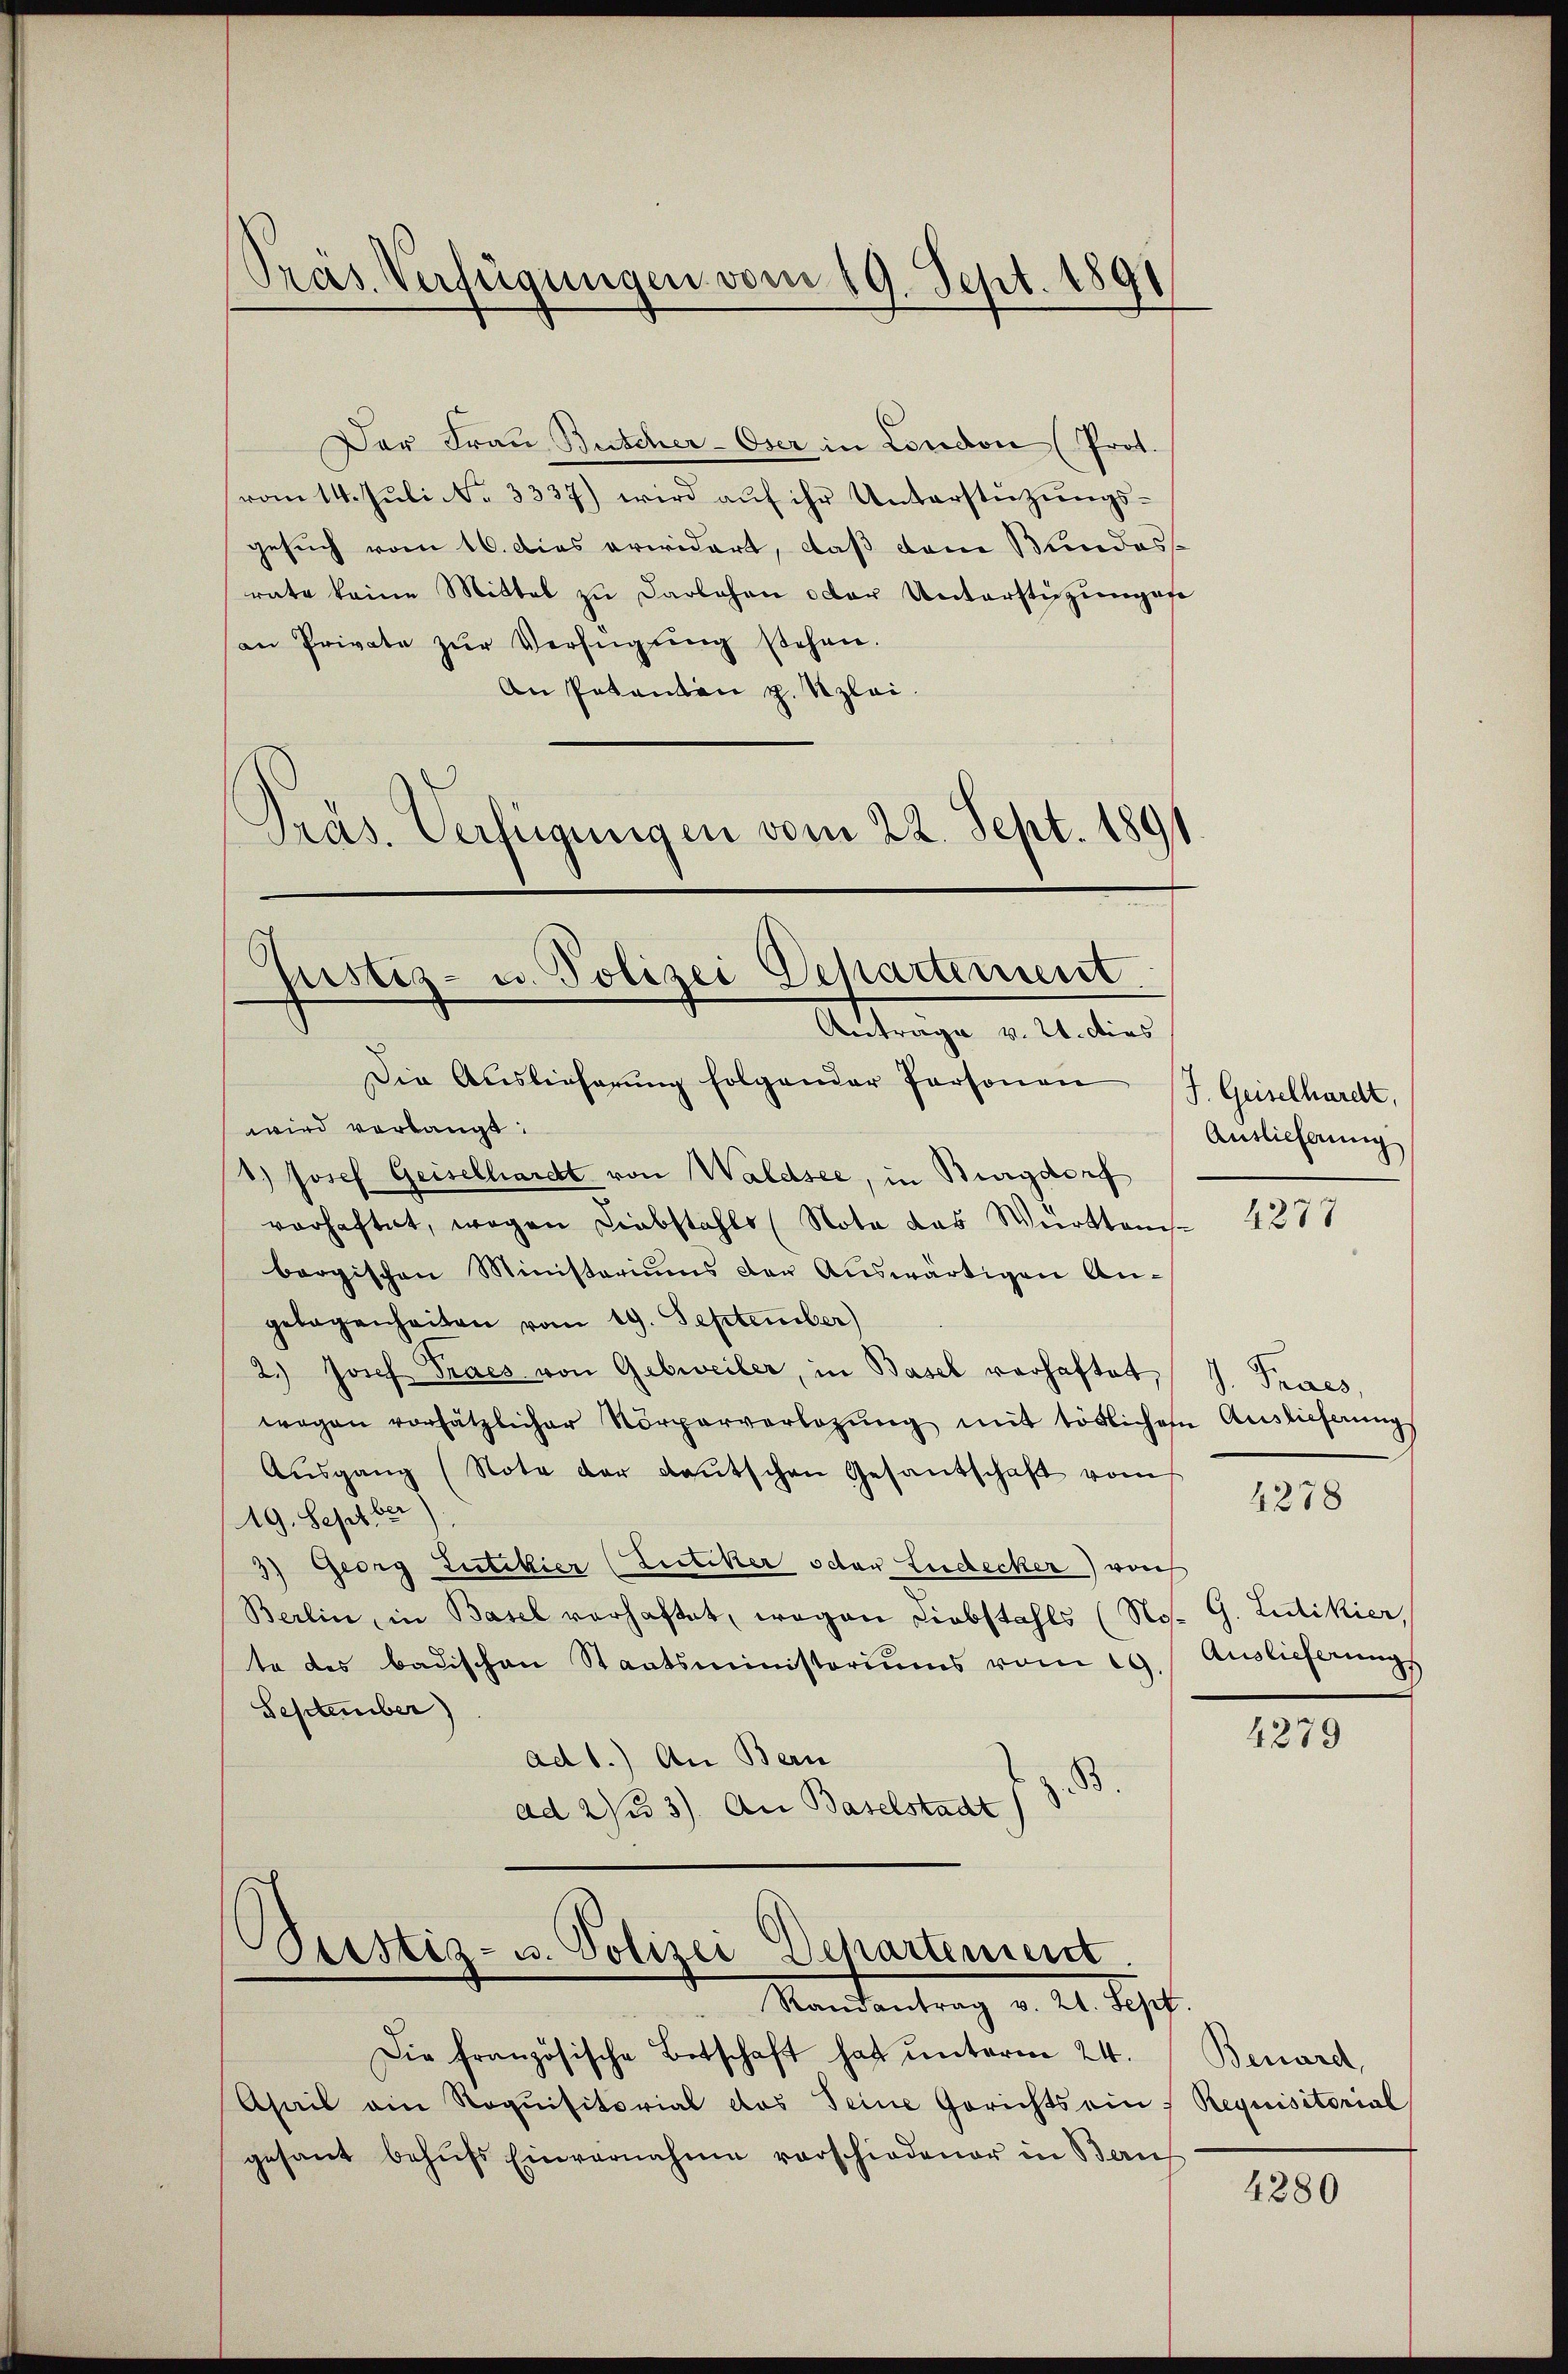
Der Frau Buscher-Oser in London (Prot.
vom 14. Juli No 3337) wird auf ihr Unterstützungsgesuch vom 16. Dies erwidert, daß dem Bundes
rate keine Mittel zu Darlehen oder Unterstüzungese
an Private zŭr Verfügŭng stehen.
An Pakanton z. Uzlei.
Präs. Verfügungen vom 22. Sept. 1891

Präs. Verfügungen vom 19. Sept. 1891

Justiz- u. Polizei Departement.
Antrage v. 21. dies
Die Auslieferŭng folgender Personen J. Geiselhardt,

wird verlangt:
1.) Josef Geiselhardt von Waldsee, in Burgdorf
vorhaftet, wegen Liebstahls (Nota das Werktens
bergischen Ministeriums der Aŭswärtigen Angelegenheiten vom 19. September)
2.) Josef Praes von Gebwveiler, in Basel vorhaftet,
wegen vorsätzlicher Körperverlegŭng mit tödlichen Auslieferungs
Aŭsgang (Note der Leŭtschen Gesantschaft vom
19. Sept ber
3) Georg Lutikier (Lutiker oder Ludecker) von
Berlin, in Basel verhaftet, wegen Liebstahls (No- G. Ludikier,
te des Badischen Staatsministeriums vom 19. Auslieferungs
September)
ad 1.) An Bern
B.
ad 2/33). An Baselstadt f

Peistiz- u. Polizei Departinient.
Mandantrag v. 2. Sept.

Die französische Betschaft hat unterm 24.
Asail am Roqŭisitorial das Seine Gerichts ein:
gesant behufs Einvernahme vorschiedener in Bauf

Auslieferung

4277

J. Praes.

4278

4279

Benard,
Requisitorial

4880